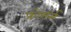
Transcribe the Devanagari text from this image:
फ्रोमर्स